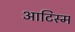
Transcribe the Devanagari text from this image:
आटिस्म